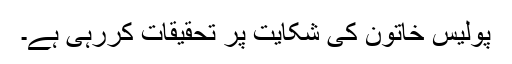
پولیس خاتون کی شکایت پر تحقیقات کررہی ہے۔